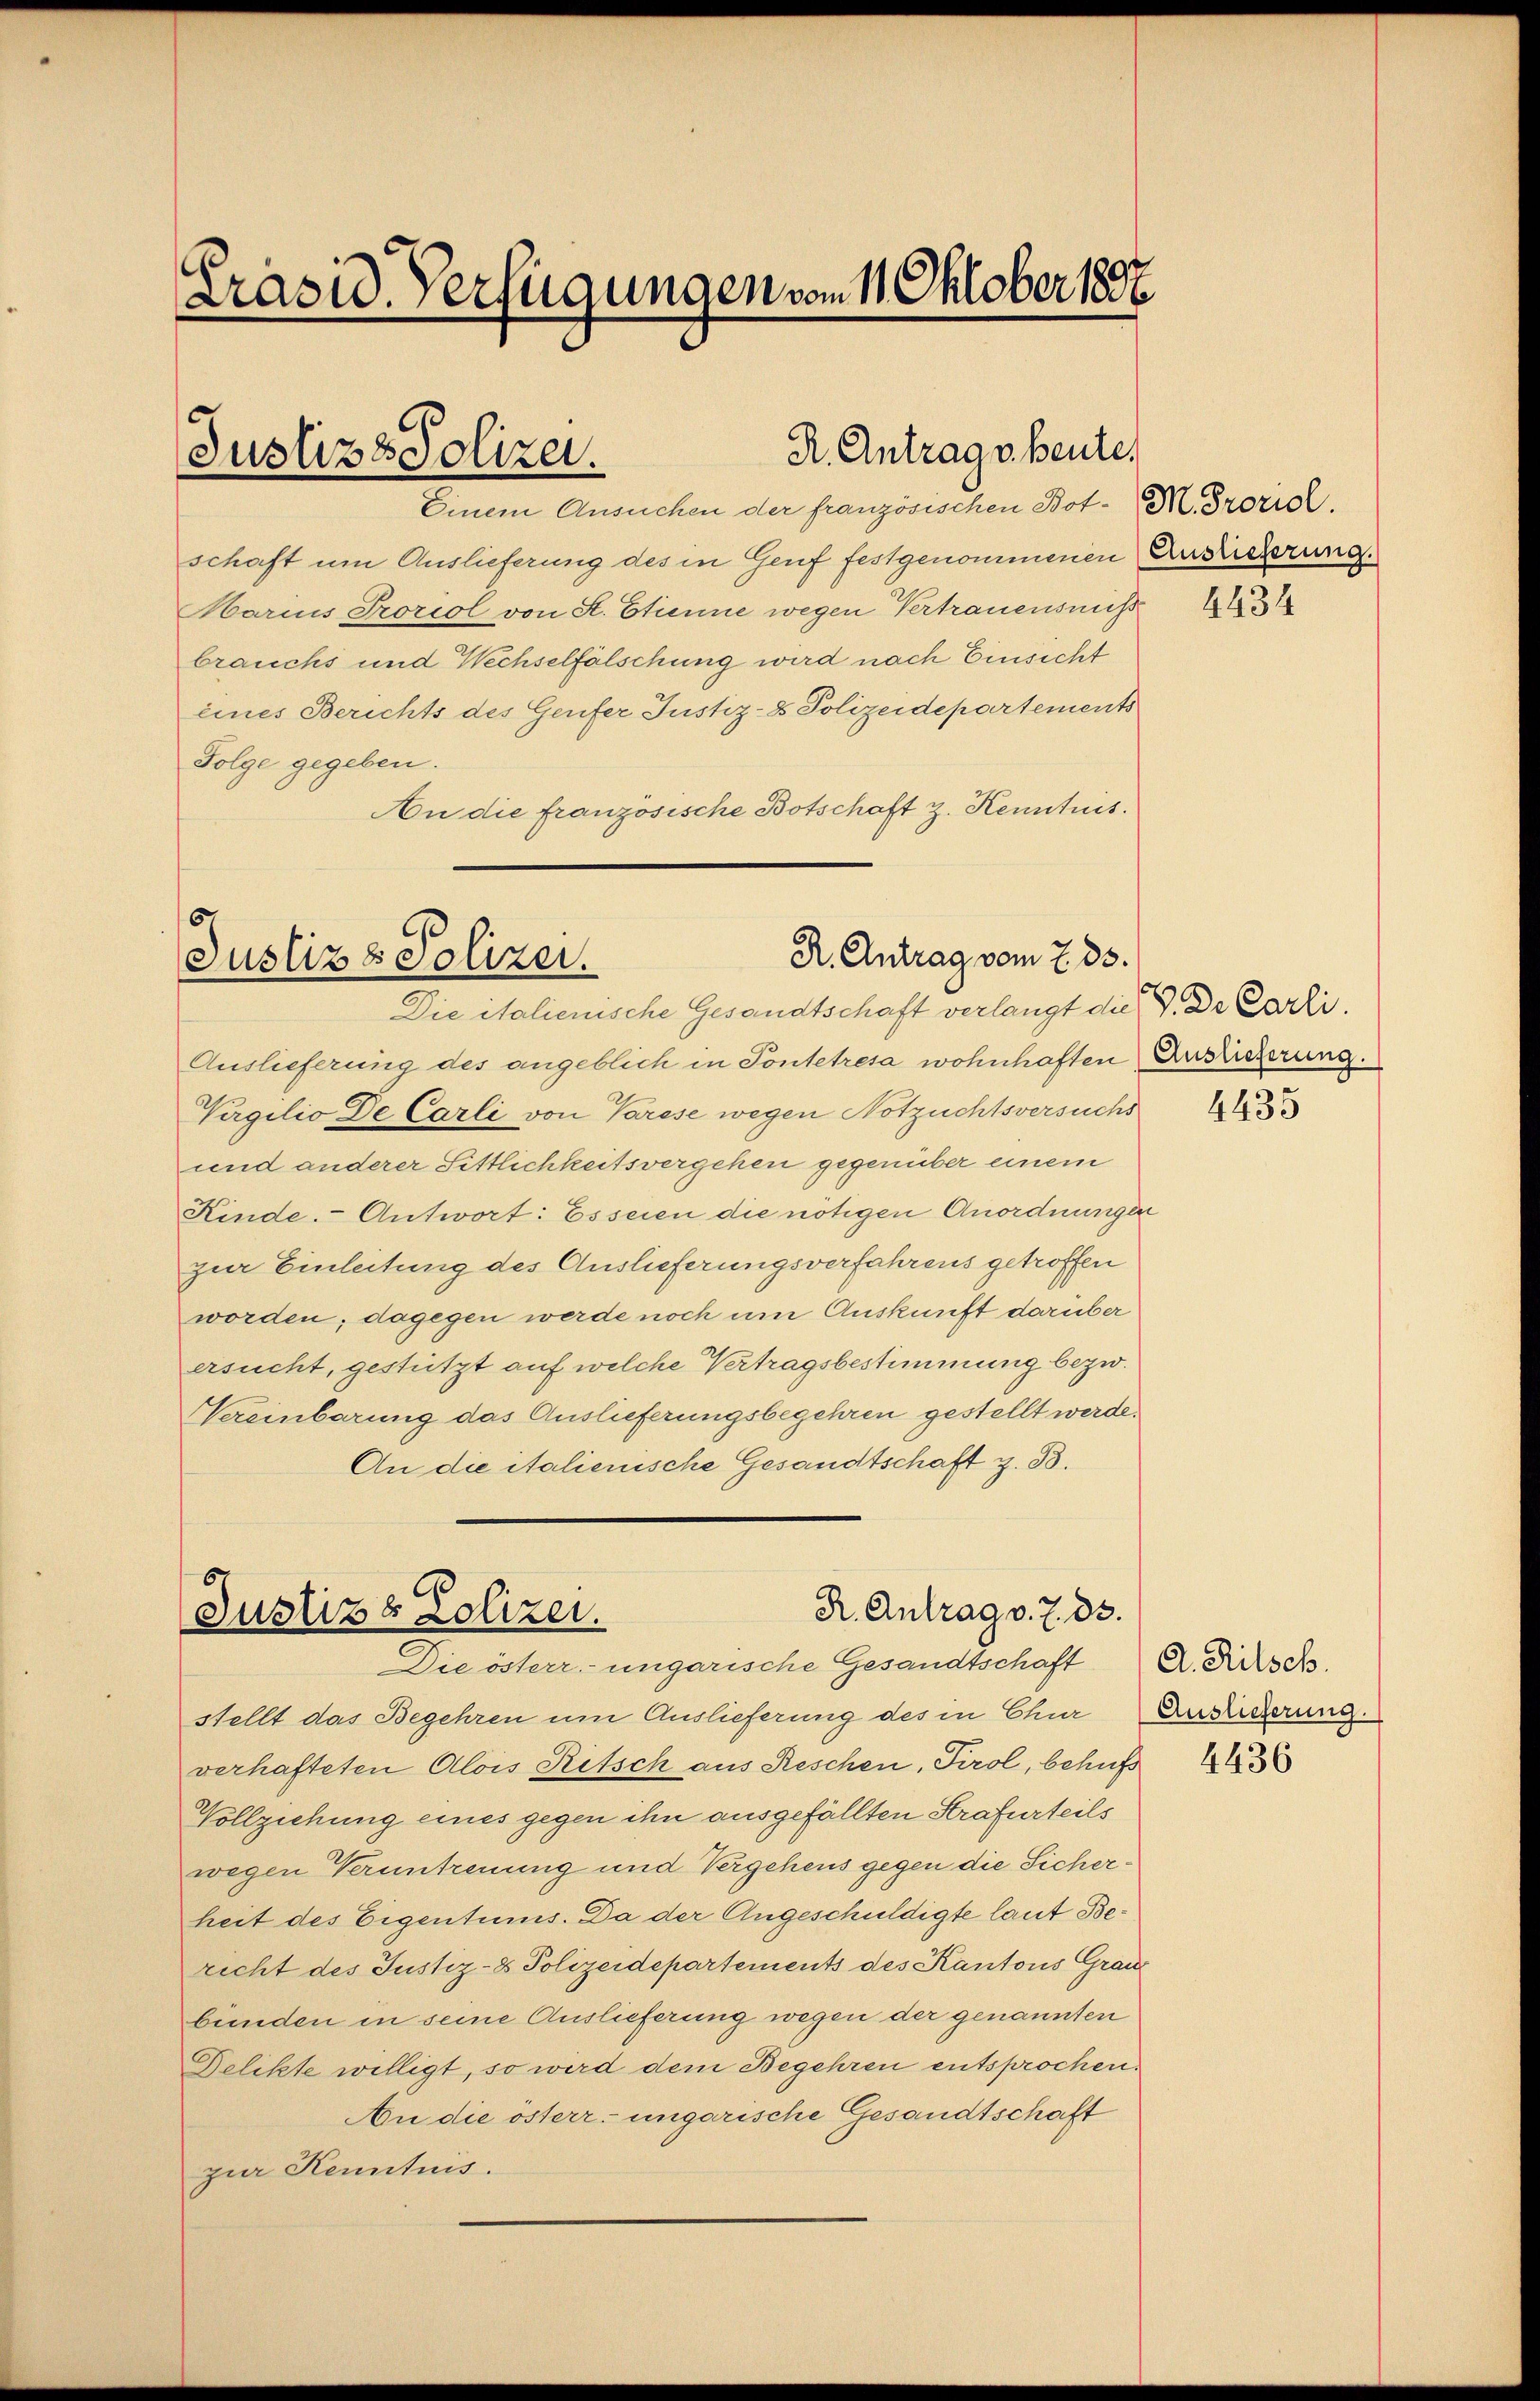
Präsid. Verfügungen vom 11. Oktober 1888

R. Antrags heute.
Justiz & Polizei.

Einem Ansuchen der französischen Bot. M. Prorid.
schaft um Auslieferung des in Genf festgenommenen Ausriederung.
Marius Proriol von St. Etienne wegen Vertrauensnuß
brauchs und Wechselfälschung wird nach Einsicht
eines Berichts des Genfer Justiz- & Polizeidepartements
Folge gegeben.
An die französische Botschaft z. Kenntnis.

R. Antrag vom 7. 33.
Justiz & Polizei.
Die italienische Gesandtschaft verlangt die an Dr Carli.

R. Antrag v. 7. 33.
Justiz & Polizei.
Die österr. ungarische Gesandtschaft A. Ritsch.

Auslieferung des angeblich in Pontetresa wohnhaften Auslieferung.
Virgilio de Carli von Varese wegen Notzuchtsversuchs
und anderer Sittlichkeitsvergehen gegenüber einem
Kinde. Antwort: Es seien die nötigen Anordnungen
zur Einleitung des Auslieferungsverfahrens getroffen
worden; dagegen werde noch um Auskunft darüber
ersucht, gestützt auf welche Vertragsbestimmung bezw.
Vereinbarung das Auslieferungsbegehren gestellt werde.
An die italienische Gesandtschaft z. B.

stellt das Begehren um Auslieferung des in Chur Zusicherung
verhafteten Alois Ritsch aus Reschen, Tirol, behufs
Vollziehung eines gegen ihn ausgefällten Strafurteils
wegen Veruntreuung und Vergehens gegen die Sicherheit des Eigentums. Da der Angeschuldigte laut Bericht des Justiz- & Polizeidepartements des Kantons Grau
bunden in seine Auslieferung wegen der genannten
Delikte willigt, so wird dem Begehren entsprochen
An die österr. ungarische Gesandtschaft
zur Kenntnis.

4434

4435